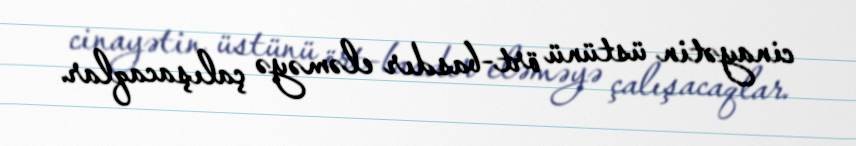
cinayətin üstünü ört-basdır eləməyə çalışacaqlar.